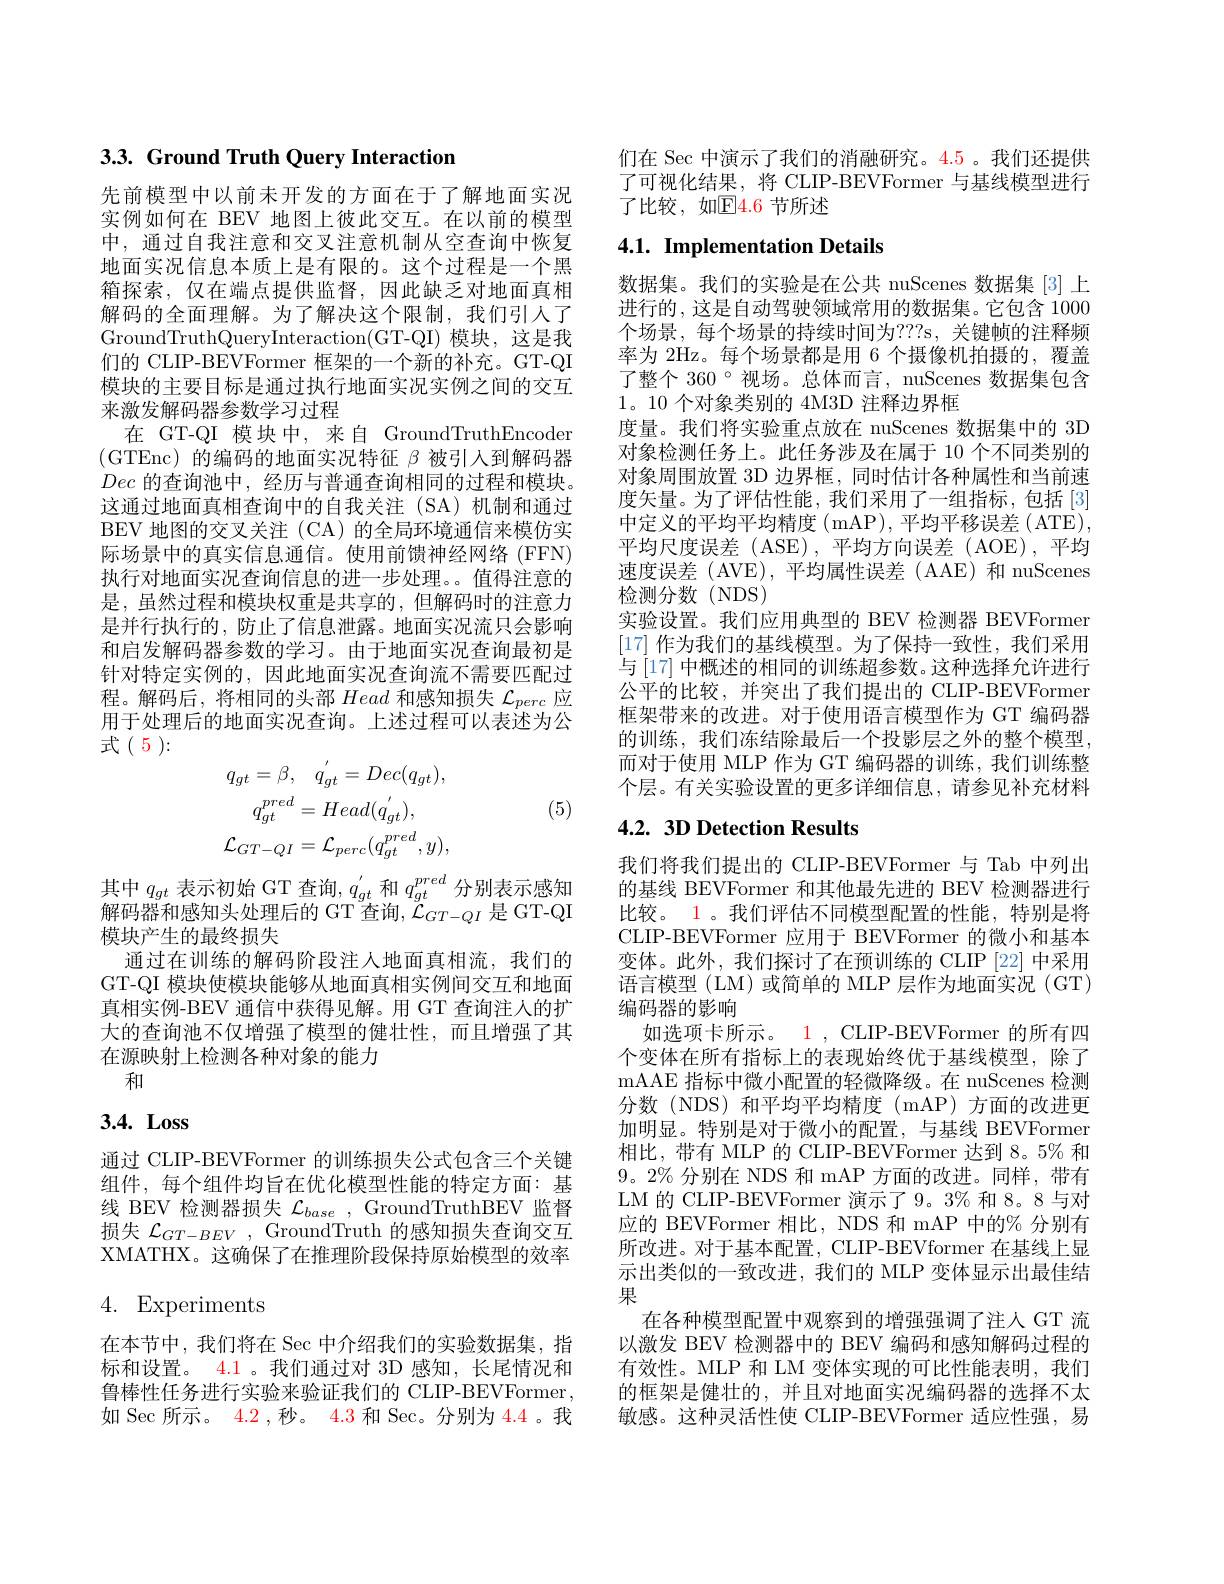
## 3.3. Ground Truth Query Interaction

先前模型中以前未开发的方面在于了解地面实况实例如何在 BEV 地图上彼此交互。在以前的模型中，通过自我注意和交叉注意机制从空查询中恢复地面实况信息本质上是有限的。这个过程是一个黑箱探索，仅在端点提供监督，因此缺乏对地面真相解码的全面理解。为了解决这个限制，我们引人了GroundTruthQueryInteraction(GT-QI) 模块，这是我们的 CLIP-BEVFormer 框架的一个新的补充。GT-QI 模块的主要目标是通过执行地面实况实例之间的交互来激发解码器参数学习过程
在 GT-QI 模块中，来自 GroundTruthEncoder (GTEnc)的编码的地面实况特征$\beta$被引入到解码器Dec的查询池中，经历与普通查询相同的过程和模块。这通过地面真相查询中的自我关注(SA)机制和通过BEV 地图的交叉关注 (CA) 的全局环境通信来模仿实际场景中的真实信息通信。使用前馈神经网络 (FFN) 执行对地面实况查询信息的进一步处理。值得注意的是，虽然过程和模块权重是共享的，但解码时的注意力是并行执行的，防止了信息泄露。地面实况流只会影响和启发解码器参数的学习。由于地面实况查询最初是针对特定实例的，因此地面实况查询流不需要匹配过程。解码后，将相同的头部Head和感知损失$\mathcal{L}_perc$应用于处理后的地面实况查询。上述过程可以表述为公式(5):
$$q_{gt}=\beta,\quad q_{gt}^{'}=Dec(q_{gt}),\\q_{gt}^{pred}=Head(q_{gt}^{'}),\\\mathcal{L}_{GT-QI}=\mathcal{L}_{perc}(q_{gt}^{pred},y),$$
(5)

其中$q_{gt}$表示初始 GT 查询，$q_{gt}^{\prime}$和$q_{gt}^{pred}$分别表示感知解码器和感知头处理后的 GT 查询$,\mathcal{L}_GT-QI$ 是 GT-QI 模块产生的最终损失
通过在训练的解码阶段注人地面真相流，我们的GT-QI 模块使模块能够从地面真相实例间交互和地面真相实例-BEV 通信中获得见解。用 GT 查询注人的扩大的查询池不仅增强了模型的健壮性，而且增强了其在源映射上检测各种对象的能力
和

## 3.4. Loss

通过 CLIP-BEVFormer 的训练损失公式包含三个关键组件，每个组件均旨在优化模型性能的特定方面：基线 BEV 检测器损失$\mathcal{L}_base$, GroundTruthBEV 监督损失$\mathcal{L}_{GT-BEV}$, GroundTruth 的感知损失查询交互XMATHX。这确保了在推理阶段保持原始模型的效率

4. Experiments
在本节中，我们将在 Sec 中介绍我们的实验数据集，指标和设置。4.1 。我们通过对 3D 感知，长尾情况和鲁棒性任务进行实验来验证我们的 CLIP-BEVFormer, 如 Sec 所示。4.2,秒。4.3 和 Sec。分别为 4.4。我

们在 Sec 中演示了我们的消融研究。4.5 。我们还提供了可视化结果，将 CLIP-BEVFormer 与基线模型进行了比较，如$\mathbb{E}\color{red}{4.6}$节所述

## 4.1. Implementation Details

数据集。我们的实验是在公共 nuScenes 数据集 [3] 上进行的，这是自动驾驶领域常用的数据集。它包含 1000个场景，每个场景的持续时间为？??s, 关键帧的注释频率为 2Hz。每个场景都是用 6 个摄像机拍摄的，覆盖了整个 360°视场。总体而言，nuScenes 数据集包含1。10个对象类别的 4M3D 注释边界框
度量。我们将实验重点放在 nuScenes 数据集中的 3D 对象检测任务上。此任务涉及在属于 10 个不同类别的对象周围放置 3D 边界框，同时估计各种属性和当前速度矢量。为了评估性能，我们采用了一组指标，包括[3] 中定义的平均平均精度(mAP),平均平移误差(ATE), 平均尺度误差 (ASE),平均方向误差 (AOE),平均速度误差 (AVE),平均属性误差 (AAE)和 nuScenes 检测分数(NDS)
实验设置。我们应用典型的 BEV 检测器 BEVFormer [17]作为我们的基线模型。为了保持一致性，我们采用与[17] 中概述的相同的训练超参数。这种选择允许进行公平的比较，并突出了我们提出的 CLIP-BEVFormer 框架带来的改进。对于使用语言模型作为 GT 编码器的训练，我们冻结除最后一个投影层之外的整个模型， 而对于使用 MLP 作为 GT 编码器的训练，我们训练整个层。有关实验设置的更多详细信息，请参见补充材料

# 4.2. 3D Detection Results

我们将我们提出的 CLIP-BEVFormer 与 Tab 中列出的基线 BEVFormer 和其他最先进的 BEV 检测器进行比较。1。我们评估不同模型配置的性能，特别是将CLIP-BEVFormer 应用于 BEVFormer 的微小和基本变体。此外，我们探讨了在预训练的 CLIP [22] 中采用语言模型 (LM) 或简单的 MLP 层作为地面实况 (GT) 编码器的影响
如选项卡所示。1 , CLIP-BEVFormer 的所有四个变体在所有指标上的表现始终优于基线模型，除了mAAE 指标中微小配置的轻微降级。在 nuScenes 检测分数(NDS)和平均平均精度(mAP)方面的改进更加明显。特别是对于微小的配置，与基线 BEVFormer 相比，带有 MLP 的 CLIP-BEVFormer 达到 8。5% 和$9。2\%$分别在 NDS 和 mAP 方面的改进。同样，带有LM 的 CLIP-BEVFormer 演示了 9。3% 和 8。8 与对应的 BEVFormer 相比，NDS 和 mAP 中的% 分别有所改进。对于基本配置，CLIP-BEVformer 在基线上显示出类似的一致改进，我们的 MLP 变体显示出最佳结果
在各种模型配置中观察到的增强强调了注人 GT 流以激发 BEV 检测器中的 BEV 编码和感知解码过程的有效性。MLP 和 LM 变体实现的可比性能表明，我们的框架是健壮的，并且对地面实况编码器的选择不太敏感。这种灵活性使 CLIP-BEVFormer 适应性强，易